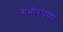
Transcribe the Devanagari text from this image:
गर्भारपणा